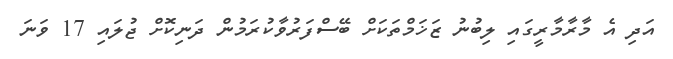
އަދި އެ މާރާމާރީގައި ލިބުނު ޒަޚަމްތަކަށް ބޭސްފަރުވާކުރަމުން ދަނިކޮށް ޖުލައި 17 ވަނަ